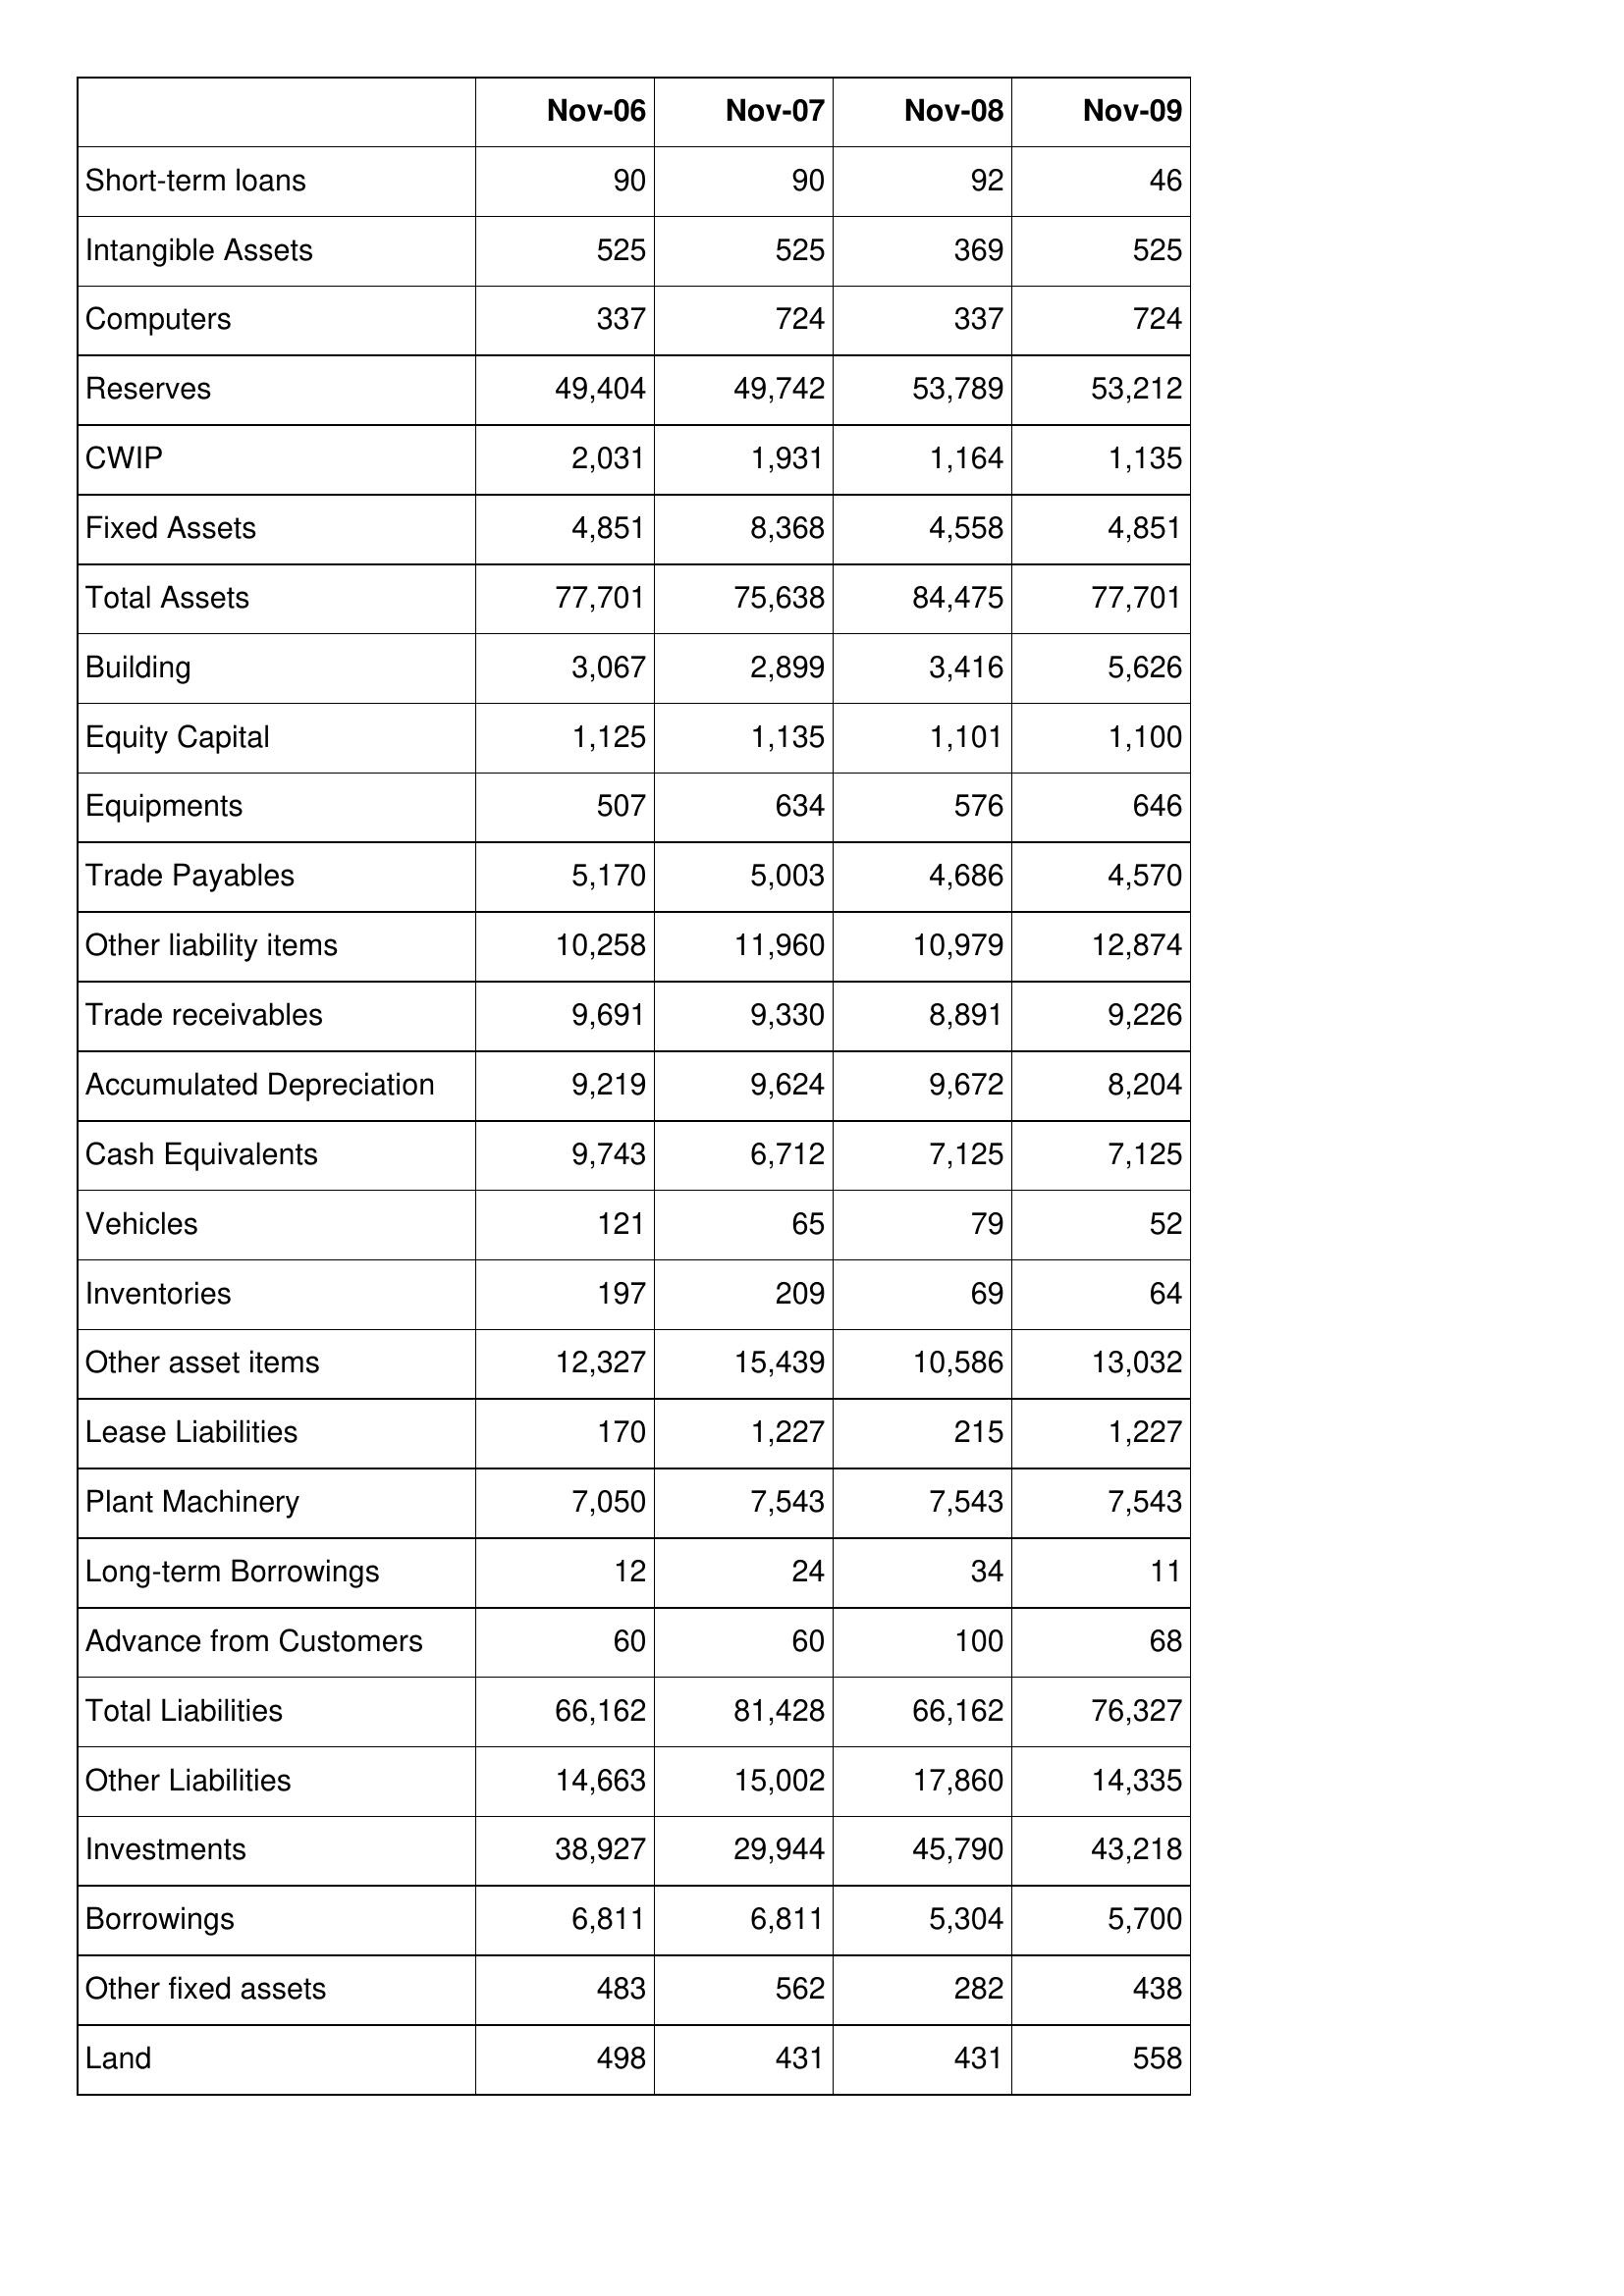
Nov-06: Balance Sheet: Short-term loans: 90
Intangible Assets: 525
Computers: 337
Reserves: 49,404
CWIP: 2,031
Fixed Assets: 4,851
Total Assets: 77,701
Building: 3,067
Equity Capital: 1,125
Equipments: 507
Trade Payables: 5,170
Other liability items: 10,258
Trade receivables: 9,691
Accumulated Depreciation: 9,219
Cash Equivalents: 9,743
Vehicles: 121
Inventories: 197
Other asset items: 12,327
Lease Liabilities: 170
Plant Machinery: 7,050
Long-term Borrowings: 12
Advance from Customers: 60
Total Liabilities: 66,162
Other Liabilities: 14,663
Investments: 38,927
Borrowings: 6,811
Other fixed assets: 483
Land: 498
Nov-07: Balance Sheet: Short-term loans: 90
Intangible Assets: 525
Computers: 724
Reserves: 49,742
CWIP: 1,931
Fixed Assets: 8,368
Total Assets: 75,638
Building: 2,899
Equity Capital: 1,135
Equipments: 634
Trade Payables: 5,003
Other liability items: 11,960
Trade receivables: 9,330
Accumulated Depreciation: 9,624
Cash Equivalents: 6,712
Vehicles: 65
Inventories: 209
Other asset items: 15,439
Lease Liabilities: 1,227
Plant Machinery: 7,543
Long-term Borrowings: 24
Advance from Customers: 60
Total Liabilities: 81,428
Other Liabilities: 15,002
Investments: 29,944
Borrowings: 6,811
Other fixed assets: 562
Land: 431
Nov-08: Balance Sheet: Short-term loans: 92
Intangible Assets: 369
Computers: 337
Reserves: 53,789
CWIP: 1,164
Fixed Assets: 4,558
Total Assets: 84,475
Building: 3,416
Equity Capital: 1,101
Equipments: 576
Trade Payables: 4,686
Other liability items: 10,979
Trade receivables: 8,891
Accumulated Depreciation: 9,672
Cash Equivalents: 7,125
Vehicles: 79
Inventories: 69
Other asset items: 10,586
Lease Liabilities: 215
Plant Machinery: 7,543
Long-term Borrowings: 34
Advance from Customers: 100
Total Liabilities: 66,162
Other Liabilities: 17,860
Investments: 45,790
Borrowings: 5,304
Other fixed assets: 282
Land: 431
Nov-09: Balance Sheet: Short-term loans: 46
Intangible Assets: 525
Computers: 724
Reserves: 53,212
CWIP: 1,135
Fixed Assets: 4,851
Total Assets: 77,701
Building: 5,626
Equity Capital: 1,100
Equipments: 646
Trade Payables: 4,570
Other liability items: 12,874
Trade receivables: 9,226
Accumulated Depreciation: 8,204
Cash Equivalents: 7,125
Vehicles: 52
Inventories: 64
Other asset items: 13,032
Lease Liabilities: 1,227
Plant Machinery: 7,543
Long-term Borrowings: 11
Advance from Customers: 68
Total Liabilities: 76,327
Other Liabilities: 14,335
Investments: 43,218
Borrowings: 5,700
Other fixed assets: 438
Land: 558